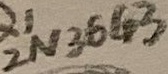
Text: 2N3643